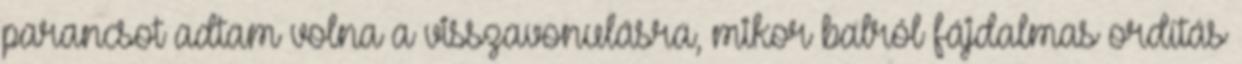
parancsot adtam volna a visszavonulásra, mikor balról fájdalmas ordítás